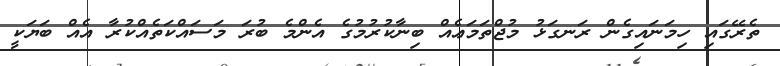
ތެރޭގައި ހިމަނައިގެން ރަނގަޅު މުޖްތަމަޢެއް ބިނާކުރުމުގެ އެންމެ ބުރަ މަސައްކަތެއްކުރާ އެެއް ބަޔަކީ